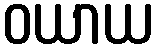
ဝယာယ